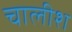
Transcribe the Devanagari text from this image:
चालीश